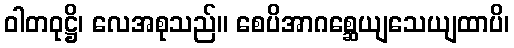
ဝါတဝုဋ္ဌိ၊ လေအစုသည်။ စေပိအာဂစ္ဆေယျသေယျထာပိ၊